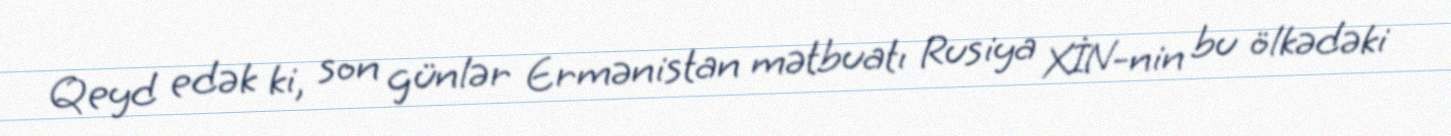
Qeyd edək ki, son günlər Ermənistan mətbuatı Rusiya XİN-nin bu ölkədəki